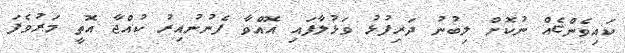
ކައިވެންޏެއް ނުކޮށް ލިބުނު ދަރިފުޅު ވަޅުލާފައި އޮއްވާ ފެނުނުއިރު ކުއްޖާ އޮތީ މަރުވެފަ